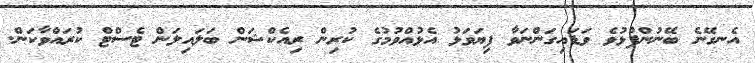
އެނގޭނެ ބޭނުންފުޅުވެ ވަޑައިގަންނަވާ ފިޔަވަޅު އެޅުއްވުމުގެ ކުރިން ރިއެކްޝަން ބަލައިލަން ޓެސްޓް ކުރައްވާކަން.